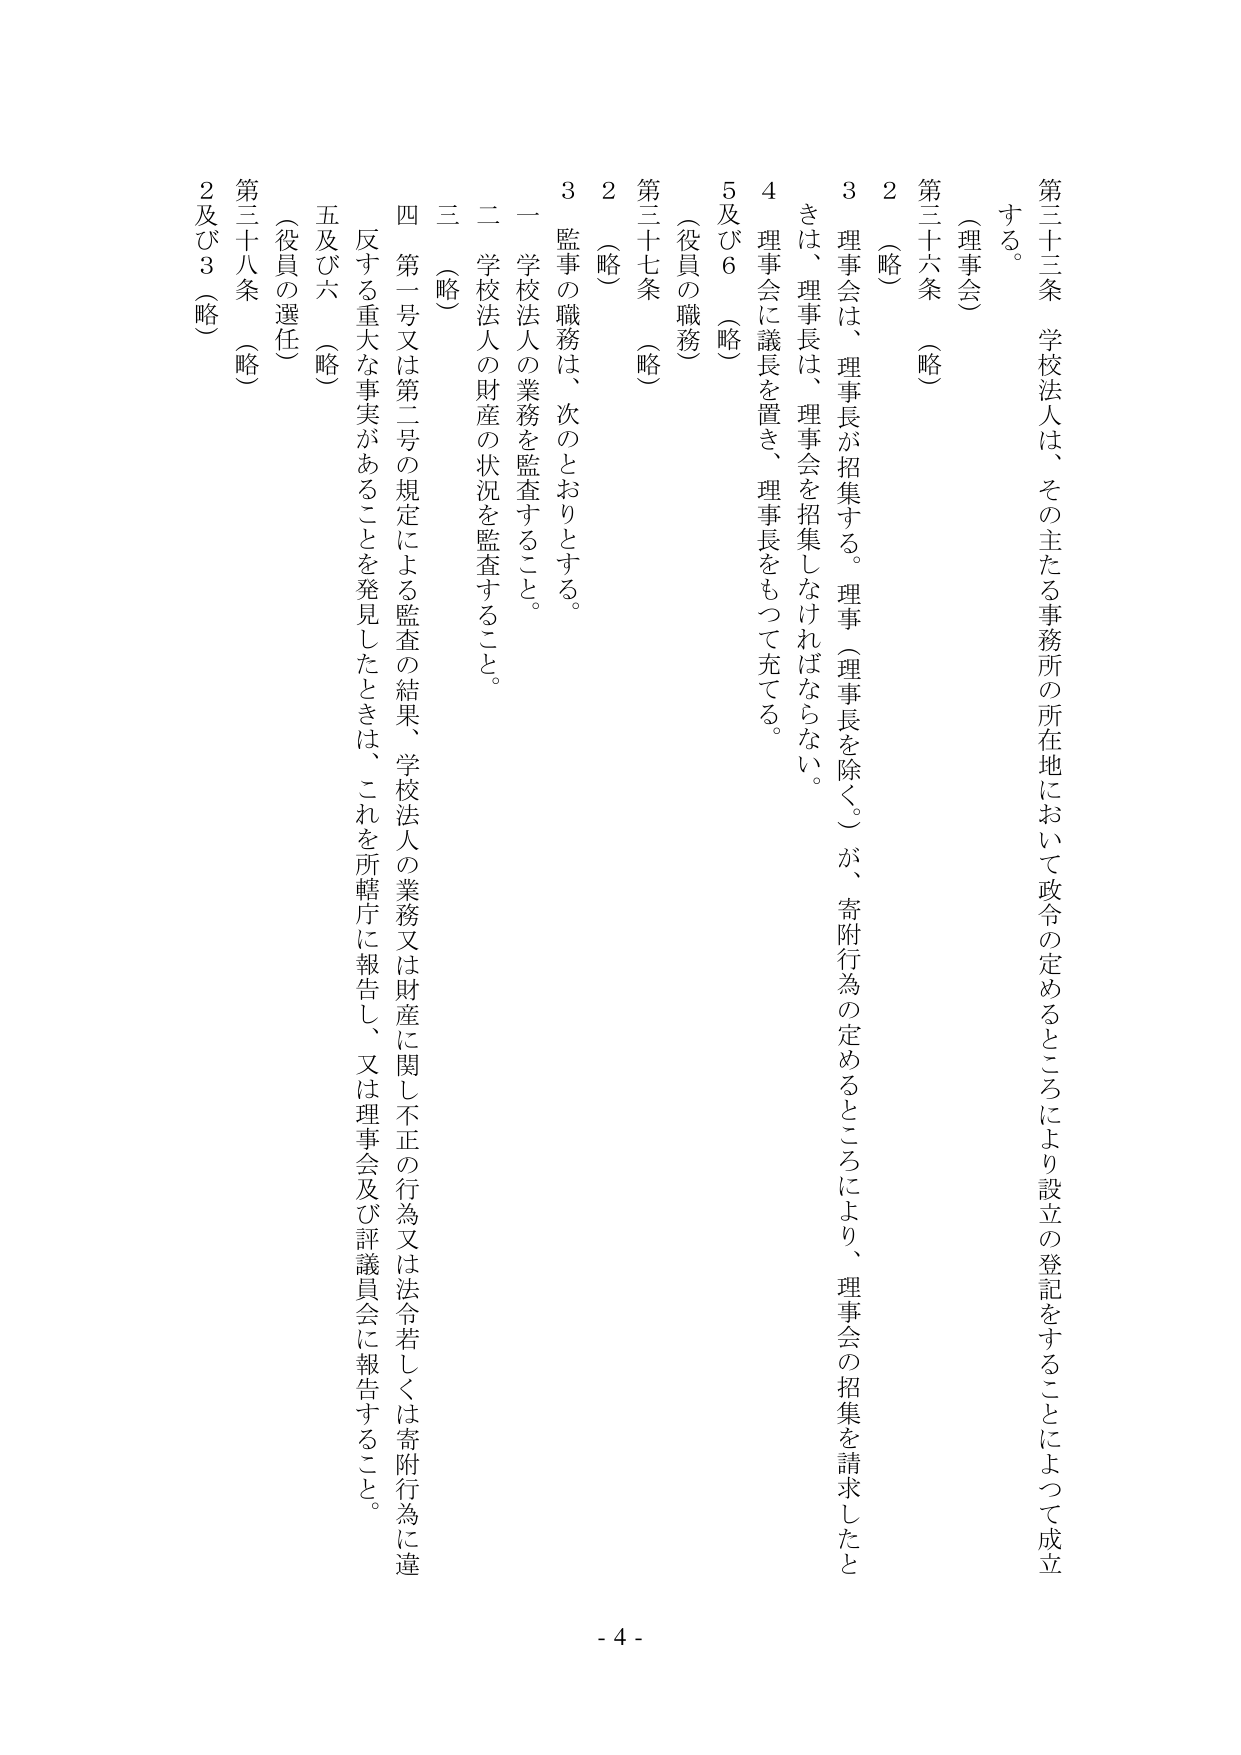
第三十三条 学校法人は、その主たる事務所の所在地において政令の定めるところにより設立の登記をすることによって成立する。

（理事会）

第三十六条 （略）

２ （略）

３ 理事会は、理事長が招集する。理事（理事長を除く。）が、寄附行為の定めるところにより、理事会の招集を請求したときは、理事長は、理事会を招集しなければならない。

４ 理事会に議長を置き、理事長をもって充てる。

５及び６ （略）

（役員の職務）

第三十七条 （略）

２ （略）

３ 監事の職務は、次のとおりとする。

一 学校法人の業務を監査すること。

二 学校法人の財産の状況を監査すること。

三 （略）

四 第一号又は第二号の規定による監査の結果、学校法人の業務又は財産に関し不正の行為又は法令若しくは寄附行為に違反する重大な事実があることを発見したときは、これを所轄庁に報告し、又は理事会及び評議員会に報告すること。

五及び六 （略）

（役員の選任）

第三十八条 （略）

２及び３ （略）

- 4 -